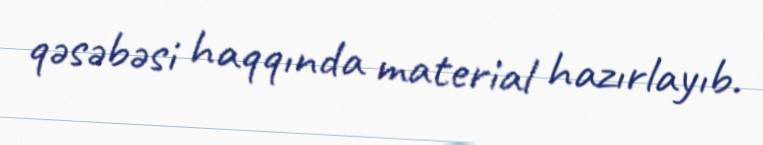
qəsəbəsi haqqında material hazırlayıb.